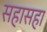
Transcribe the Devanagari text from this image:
सहासहा